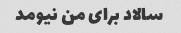
سالاد برای من نیومد